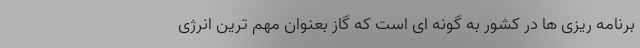
برنامه ریزی ها در کشور به گونه ای است که گاز بعنوان مهم ترین انرژی